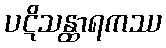
ပဋိသန္ထာရကဿ